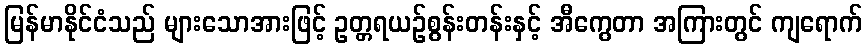
မြန်မာနိုင်ငံသည် များသောအားဖြင့် ဥတ္တရယဉ်စွန်းတန်းနှင့် အီကွေတာ အကြားတွင် ကျရောက်